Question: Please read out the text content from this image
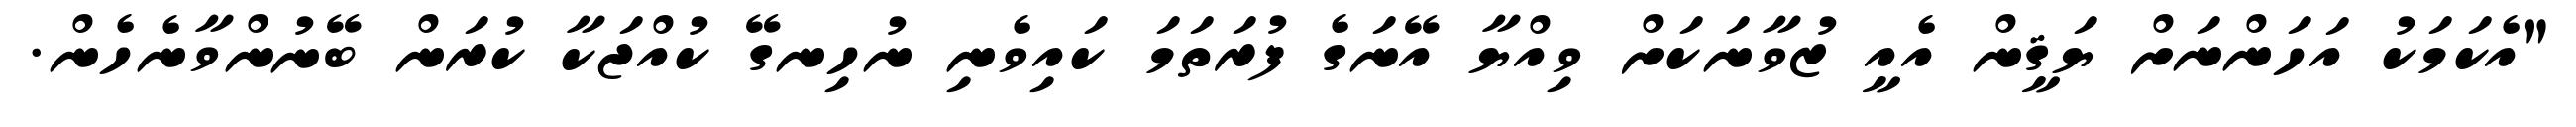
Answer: "އެކަމަކު އަހަންނަށް ޔަޤީން އެއީ ޒުވާނަކަށް ވިއްޔާ އޭނަގެ ފުރަތަމަ ކައިވެނި ނުހިނގޭ ކުއްޖަކާ ކުރަން ބޭނުންވާނެހެން.